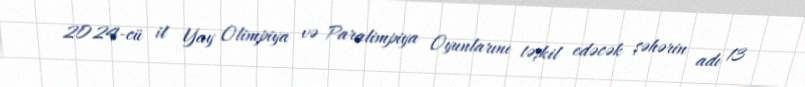
2024-cü il Yay Olimpiya və Paralimpiya Oyunlarını təşkil edəcək şəhərin adı 13